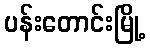
ပန်းတောင်းမြို့